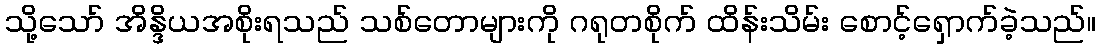
သို့သော် အိန္ဒိယအစိုးရသည် သစ်တောများကို ဂရုတစိုက် ထိန်းသိမ်း စောင့်ရှောက်ခဲ့သည်။